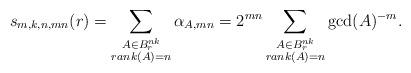
LaTeX: \begin{align*} s_{m, k, n, mn}(r) = \sum_{\substack{ A \in B_r^{nk} \\ rank(A) = n }} \alpha_{A, mn} = 2^{mn} \sum_{\substack{ A \in B_r^{nk} \\ rank(A) = n }} \gcd(A)^{-m}.\end{align*}